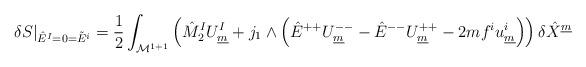
LaTeX: \begin{align*}\delta S\vert_{\hat{E}^I=0=\tilde{E}^i} = {1 \over 2} \int_{{\cal M}^{1+1}}\left( \hat{M}_2^I U^I_{\underline{m}} + j_1 \wedge \left( \hat{E}^{++}U^{--}_{\underline{m}} - \hat{E}^{--} U^{++}_{\underline{m}} - 2 m f^iu^{i}_{\underline{m}} \right) \right) \delta \hat{X}^{\underline{m}}\end{align*}